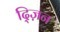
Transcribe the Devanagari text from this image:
द्ज़िन